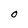
Character: 0